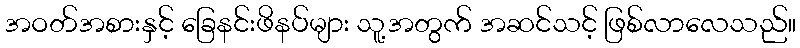
အဝတ်အစားနှင့် ခြေနင်းဖိနပ်များ သူ့အတွက် အဆင်သင့် ဖြစ်လာလေသည်။